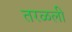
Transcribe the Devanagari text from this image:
तरळली